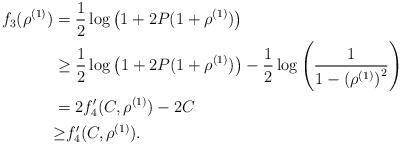
LaTeX: \begin{align*}f_3(\rho^{(1)})&=\frac{1}{2}\log\left(1+2P(1+\rho^{(1)})\right)\\&\geq \frac{1}{2}\log\left(1+2P(1+\rho^{(1)})\right)-\frac{1}{2}\log\left(\frac{1}{1-{\left(\rho^{(1)}\right)}^2}\right)\\&= 2f^\prime_4(C,\rho^{(1)})-2C \\&{\geq} f^\prime_4(C,\rho^{(1)}).\end{align*}